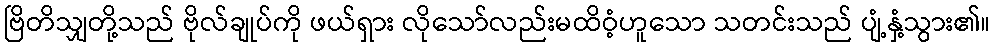
ဗြိတိသျှတို့သည် ဗိုလ်ချုပ်ကို ဖယ်ရှား လိုသော်လည်းမထိဝံ့ဟူသော သတင်းသည် ပျံ့နှံ့သွား၏။